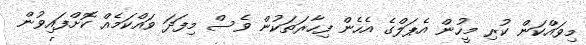
މިވައްކަން ކުރި މީހުން އެޕަލްގެ އެހެން ފިހާރަތަކުން ވެސް މިފަދަ ވައްކަމެއް ކޮށްފައިވުން